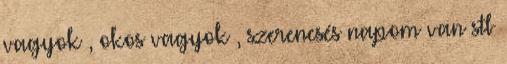
vagyok , okos vagyok , szerencsés napom van stb